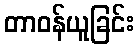
တာဝန်ယူခြင်း